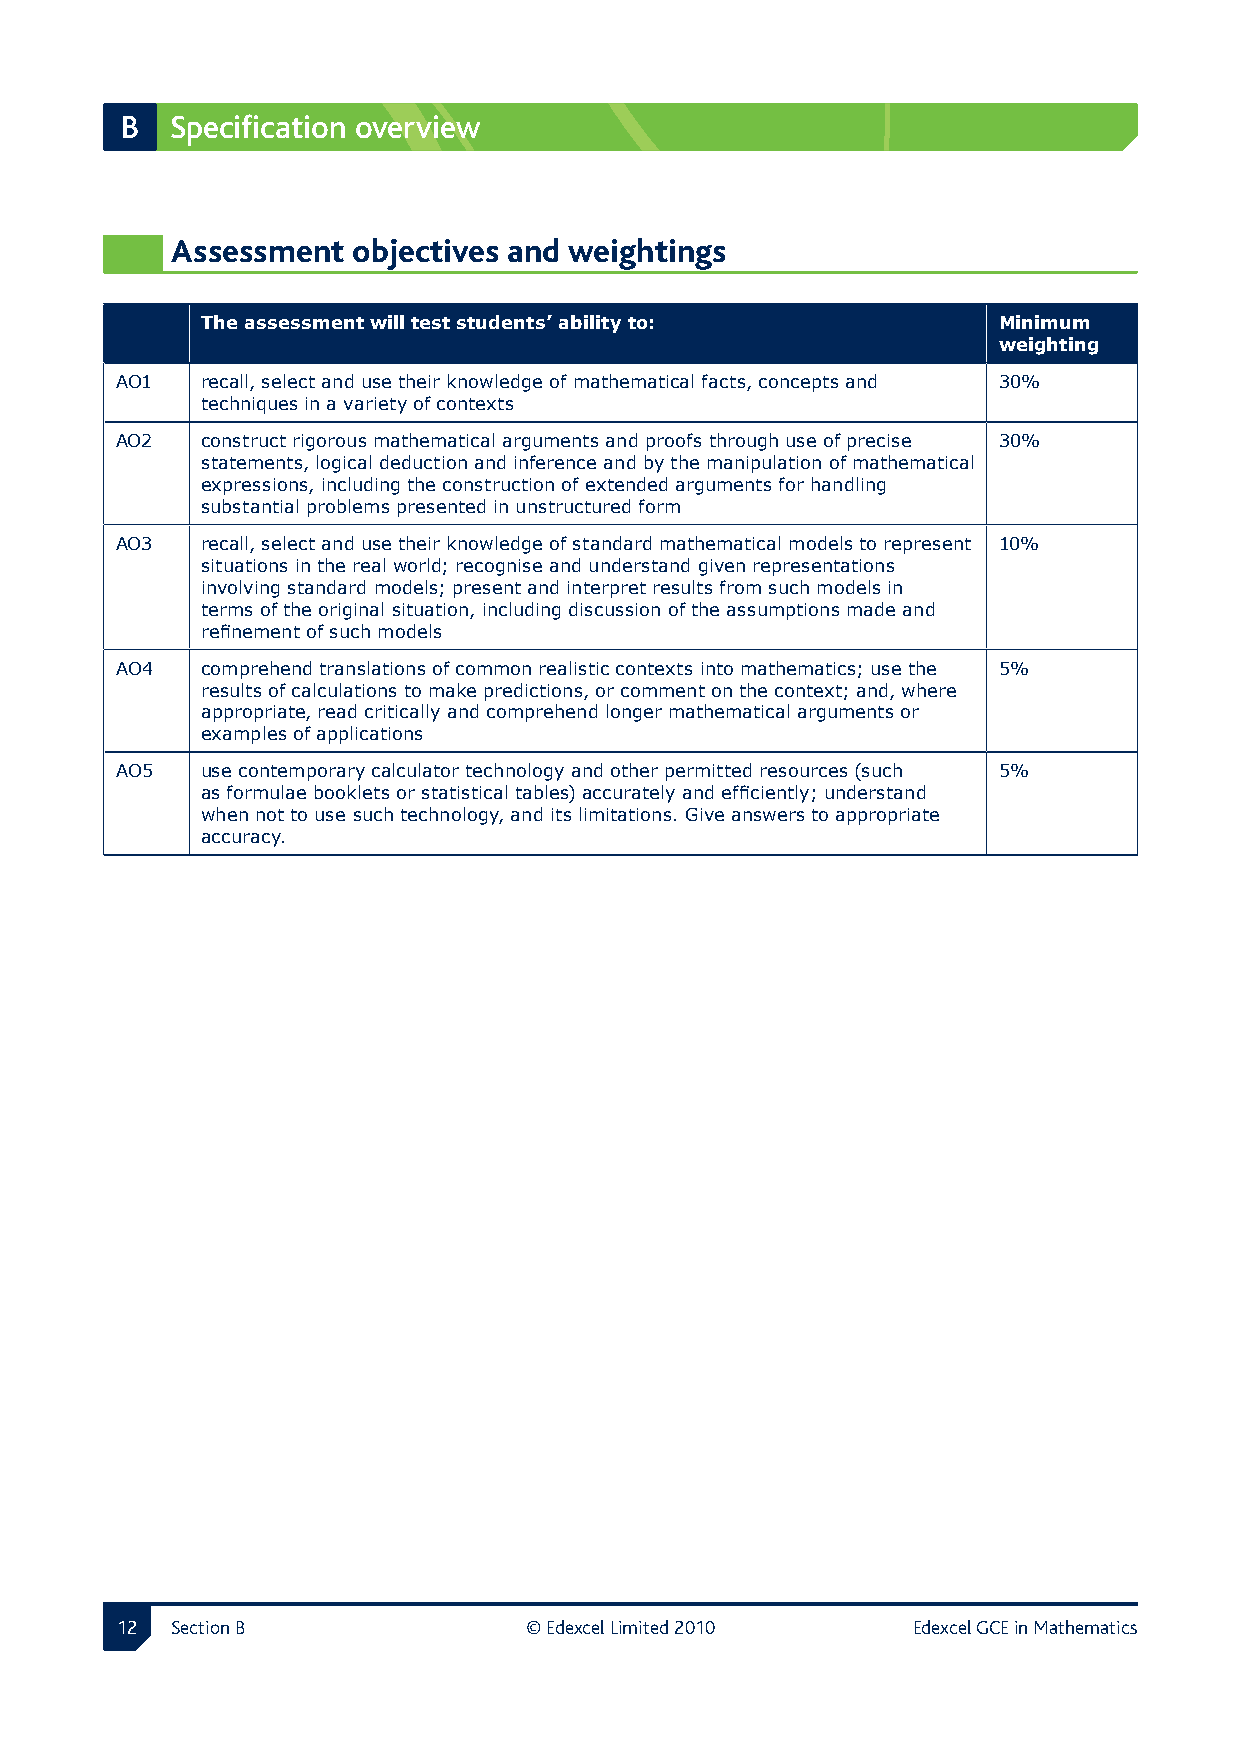
B  Specification overview
 Assessment  objectives and weightings
 The assessment will test students’ ability to:       Minimum
 weighting
 AO1  recall, select and use their knowledge of mathematical facts, concepts and 30%
 techniques in a variety of contexts
 AO2  construct rigorous mathematical arguments and proofs through use of precise 30%
 statements, logical deduction and inference and by the manipulation of mathematical
 expressions, including the construction of extended arguments for handling
 substantial problems presented in unstructured form
 AO3  recall, select and use their knowledge of standard mathematical models to represent 10%
 situations in the real world; recognise and understand given representations
 involving standard models; present and interpret results from such models in
 terms of the original situation, including discussion of the assumptions made and
 refinement of such models
 AO4  comprehend translations of common realistic contexts into mathematics; use the 5%
 results of calculations to make predictions, or comment on the context; and, where
 appropriate, read critically and comprehend longer mathematical arguments or
 examples of applications
 AO5  use contemporary calculator technology and other permitted resources (such 5%
 as formulae booklets or statistical tables) accurately and efficiently; understand
 when not to use such technology, and its limitations. Give answers to appropriate
 accuracy.
 12 Section B               © Edexcel Limited 2010   Edexcel GCE in Mathematics